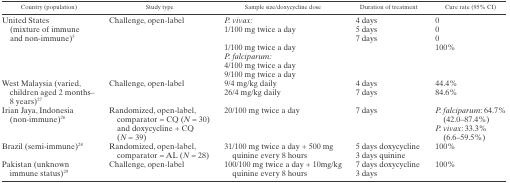
<table><thead><tr><td><b>Country (population)</b></td><td><b>Study type</b></td><td><b>Sample size/doxycycline dose</b></td><td><b>Duration of treatment</b></td><td><b>Cure rate (95% CI)</b></td></tr></thead><tbody><tr><td rowspan="7">United States (mixture of immune and non-immune)5</td><td rowspan="7">Challenge, open-label</td><td><i>P. vivax:</i></td><td>4 days</td><td>0</td></tr><tr><td>1/100 mg twice a day</td><td>5 days</td><td>0</td></tr><tr><td></td><td>7 days</td><td>0</td></tr><tr><td>1/100 mg twice a day</td><td></td><td>100%</td></tr><tr><td><i>P. falciparum:</i></td><td></td><td></td></tr><tr><td>4/100 mg twice a day</td><td></td><td></td></tr><tr><td>9/100 mg twice a day</td><td></td><td></td></tr><tr><td rowspan="2">West Malaysia (varied, children aged 2 months–8 years)27</td><td rowspan="2">Challenge, open-label</td><td>9/4 mg/kg daily</td><td>4 days</td><td>44.4%</td></tr><tr><td>26/4 mg/kg daily</td><td>7 days</td><td>84.6%</td></tr><tr><td rowspan="2">Irian Jaya, Indonesia (non-immune)26</td><td rowspan="2">Randomized, open-label, comparator = CQ (<i>N</i> = 30) and doxycycline + CQ (<i>N</i> = 39)</td><td rowspan="2">20/100 mg twice a day</td><td rowspan="2">7 days</td><td><i>P. falciparum</i>: 64.7% (42.0–87.4%)</td></tr><tr><td><i>P. vivax</i>: 33.3% (6.6–59.5%)</td></tr><tr><td rowspan="2">Brazil (semi-immune)28</td><td rowspan="2">Randomized, open-label, comparator = AL (<i>N</i> = 28)</td><td rowspan="2">31/100 mg twice a day + 500 mg quinine every 8 hours</td><td>5 days doxycycline</td><td rowspan="2">100%</td></tr><tr><td>3 days quinine</td></tr><tr><td rowspan="2">Pakistan (unknown immune status)29</td><td rowspan="2">Challenge, open-label</td><td rowspan="2">100/100 mg twice a day + 10mg/kg quinine every 8 hours</td><td>7 days doxycycline</td><td rowspan="2">100%</td></tr><tr><td>3 days</td></tr></tbody></table>